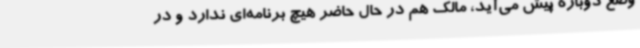
وضع دوباره پیش می‌آید، مالک هم در حال حاضر هیچ برنامه‌ای ندارد و در